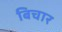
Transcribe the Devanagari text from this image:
बिचार